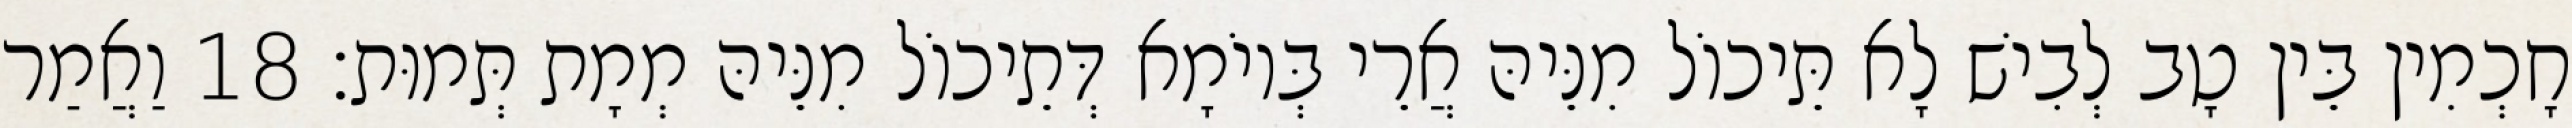
חָכְמִין בֵּין טָב לְבִישׁ לָא תֵּיכוֹל מִנֵּיהּ אֲרֵי בְּיוֹמָא דְּתֵיכוֹל מִנֵּיהּ מְמָת תְּמוּת׃ 18 וַאֲמַר